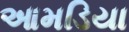
આમડિયા